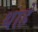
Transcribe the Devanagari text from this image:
थाहे